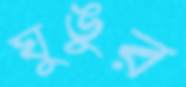
ঘুঙুর